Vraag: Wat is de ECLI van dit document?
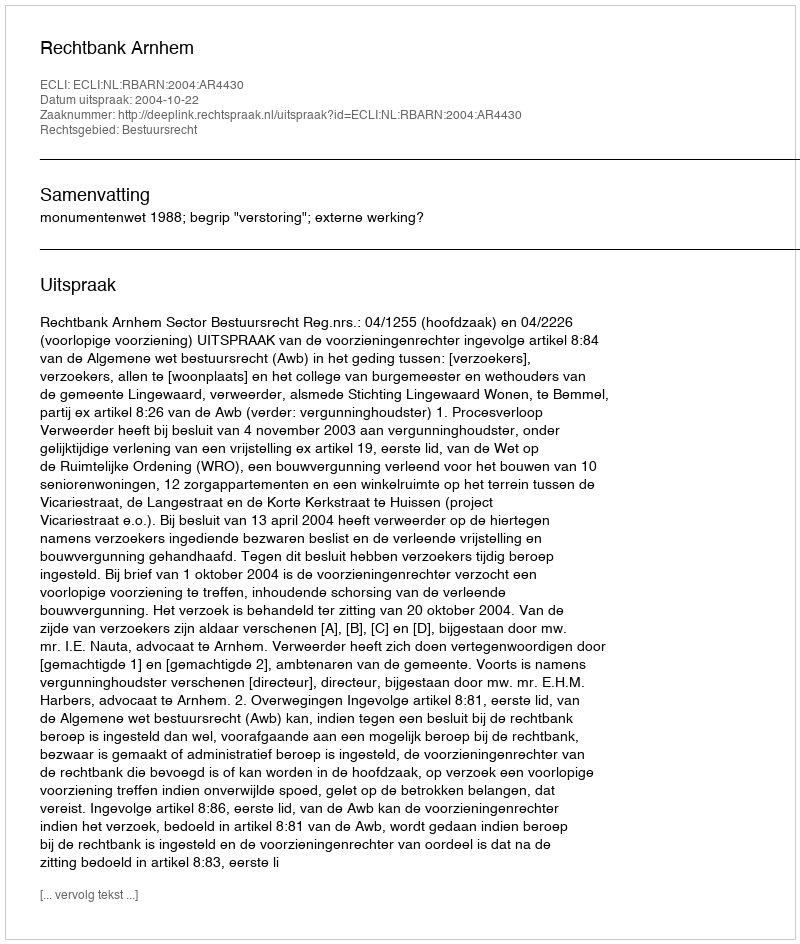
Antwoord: ECLI:NL:RBARN:2004:AR4430